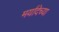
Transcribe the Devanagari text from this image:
मर्यादेच्या